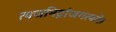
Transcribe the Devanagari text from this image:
त्यजनिद्रांजगत्पते।